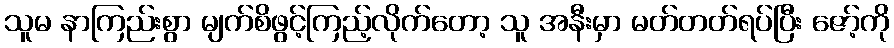
သူမ နာကြည်းစွာ မျက်စိဖွင့်ကြည့်လိုက်တော့ သူ အနီးမှာ မတ်တတ်ရပ်ပြီး ဇော့်ကို